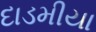
દાડમીયા